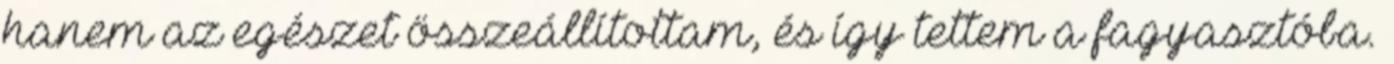
hanem az egészet összeállítottam, és így tettem a fagyasztóba.